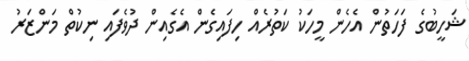
ޝަހީބުގެ ފަހަތުން އެހެން މީހަކު ކަތުރެއް ހިފައިގެން އެގެއިން ދުވެފައި ނިކުތް މަންޒަރު